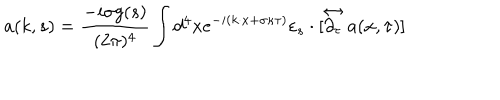
LaTeX: a ( k , s ) = \frac { - i \sigma g ( s ) } { ( 2 \pi ) ^ { 4 } } \int d ^ { 4 } x e ^ { - i ( k \cdot x + \sigma \kappa \tau ) } \varepsilon _ { s } \cdot [ \stackrel { \leftrightarrow } { \partial _ { \tau } } a ( x , \tau ) ]